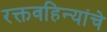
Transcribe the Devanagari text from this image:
रक्तवहिन्यांचे